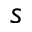
s